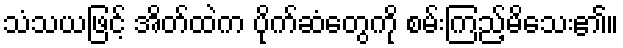
သံသယဖြင့် အိတ်ထဲက ပိုက်ဆံတွေကို စမ်းကြည့်မိသေး၏။